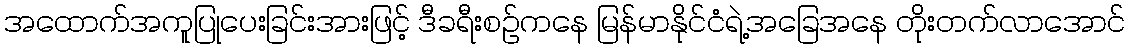
အထောက်အကူပြုပေးခြင်းအားဖြင့် ဒီခရီးစဉ်ကနေ မြန်မာနိုင်ငံရဲ့အခြေအနေ တိုးတက်လာအောင်